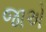
જાએ